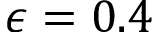
\epsilon = 0 . 4